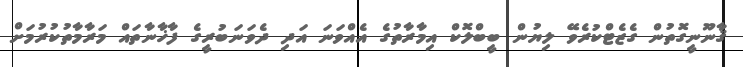
ޤާނޫނީގޮތުން ގެޒެޓްކުރެވޭ ލިޔުން ބީބްލޮކް އިމާރާތުގެ އެއްވަނަ އަދި ދެވަނަބުރީގެ ފާޚާނާތައް މަރާމާތުކުރުމަށް